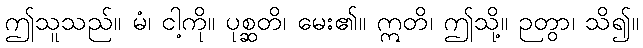
ဤသူသည်။ မံ၊ ငါ့ကို။ ပုစ္ဆတိ၊ မေး၏။ ဣတိ၊ ဤသို့။ ဉတွာ၊ သိ၍။